Civil Veterinary Department. Madras. Admin. report 1910-25 - 1910-1925
Year: 1910
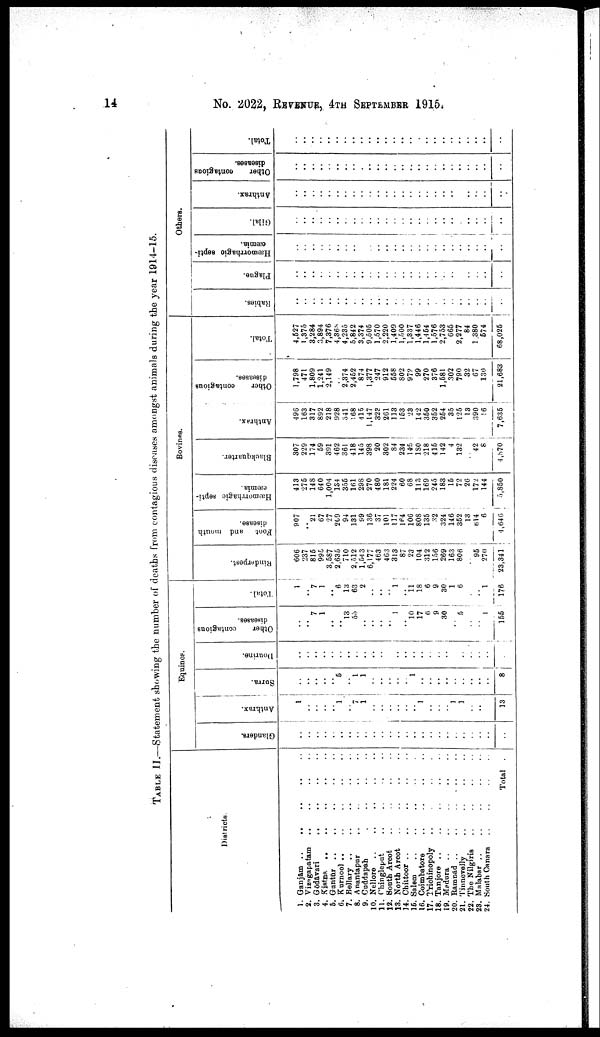
14
No. 2022, REVENUE, 4TH SEPTEMBER 1915.
TABLE II.—Statement showing the number of deaths from contagious diseases amongst animals during the year 1914-15.
Districts
1. Ganjam ..
.. .. .. ..
2. Vizagapatam .. .. .. ..
3. Godavari
..
..
..
..
4. Kistna .. .. .. .. ..
5. Guntūr .. .. .. .. ..
6. Kurnool .. .. .. .. ..
7. Bellary
..
..
..
..
..
8. Anantapur .. .. .. ..
9. Cuddapah .. .. .. ..
10. Nellore
..
..
..
..
..
11. Chingleput .. .. .. ..
12. South Arcot
..
..
..
..
13. North Arcot
..
..
..
..
14. Chittoor
..
..
..
..
..
15. Salem .. .. .. .. ..
16. Coimbatore .. .. .. ..
17. Trichinopoly .. .. .. ..
18. Tanjore
..
..
..
..
..
19. Madura .. .. .. .. ..
20. Ramnad
..
..
..
..
..
21. Tinnevelly .. .. .. ..
22. The
Nilgiris
..
..
..
..
23. Malabar
..
..
..
..
..
24. South Canara .. .. .. .
Total ..
Equines.
Glanders.
..
..
..
..
..
..
..
..
..
..
..
..
..
..
..
..
..
..
..
..
..
..
..
..
..
Anthrax.
1
..
..
..
..
1
..
7
1
..
..
..
..
..
..
1
..
..
..
1
1
..
..
13
Surra.
..
..
..
..
..
5
..
1
1
..
..
..
..
..
1
..
..
..
..
..
..
..
..
..
8
Bourine.
..
..
..
..
..
..
..
..
..
..
..
..
..
..
..
..
..
..
..
..
..
..
..
..
Other
contagious
diseases.
..
..
7
1
..
..
13
55
..
..
..
..
1
..
10
17
6
9
30
..
5
..
..
1
155
Total.
1
..
7
1
..
6
13
63
2
..
..
..
1
..
11
18
6
9
30
1
6
..
..
1
176
Bovines.
Rinderpest.
606
237
815
995
3,587
2,635
710
2,512
1,54 3
6,177
463
463
313
87
23
104
312
156
269
163
806
95
270
23,341
Foot
and mouth
disease.
907
..
21
67
27
209
94
131
99
136
37
101
117
164
106
808
135
32
324
146
352
13
614
6
4,646
Hæmorrhagic septi
cæmia.
413
275
148
640
1,004
134
355
161
298
270
480
181
224
60
68
113
169
245
183
15
72
26
172
144
5,850
Bluckquarter.
307
229
174
59
391
462
361
418
145
398
20
302
84
234
145
180
218
415
142
4
132
42
8
4,870
Anthrax.
496
163
317
892
218
928
341
68
415
1,147
323
261
113
153
23
142
350
352
254
35
125
13
390
16
7,635
Other
contagious
diseases.
1,798
471
1,809
1,241
2,149
..
2,374
2,452
874
1,377
247
912
558
802
972
99
270
376
1,581
302
790
32
67
130
21,683
Total.
4,527
1,375
3,284
3,894
7,376
4,368
4,235
5,842
3,374
9,505
1,570
2,220
1,409
1,500
1,337
1,446
1,454
1,576
2,753
665
2,277
84
1,380
574
68,025
Others.
Rabies.
..
..
..
..
..
..
..
..
..
..
..
..
..
..
..
..
..
..
..
..
..
..
..
..
..
Plague.
..
..
..
..
..
..
..
..
..
..
..
..
..
..
..
..
..
..
..
..
..
..
..
..
..
Hæmorrhagic septi-
cæmia.
..
..
..
..
..
..
..
..
..
..
..
..
..
..
..
..
..
..
..
..
..
..
..
..
..
Gilal.
..
..
..
..
..
..
..
..
..
..
..
..
..
..
..
..
..
..
..
..
..
..
..
..
Anthrax.
..
..
..
..
..
..
..
..
..
..
..
..
..
..
..
..
..
..
..
..
..
..
..
..
..
Other
contagions
diseases.
..
..
..
..
..
..
..
..
..
..
..
..
..
..
..
..
..
..
..
..
..
..
..
..
..
Total.
..
..
..
..
..
..
..
..
..
..
..
..
..
..
..
..
..
..
..
..
..
..
..
..
..